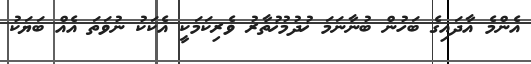
އެންމެ އާދައިގެ ބަހުން ބުނާނަމަ ޚުދުމުޚުތާރު ވެރިކަމަކީ އެކަކު ނުވަތަ އެއް ބަޔަކު